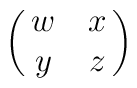
\pmatrix{w&x\cr y&z\cr}